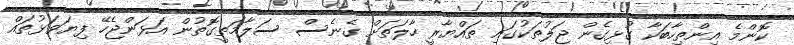
ކޮންމެ އިންތިހާބަކާ ގުޅިގެން ޖަލުތަކުގައި ތައްޔާރީ ހާލަތަށް ގެނެސް ސަލާމަތީގޮތުން އަޅަންޖެހޭ ފިޔަވަޅުތައް